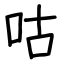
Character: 咕